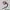
Text: 3